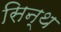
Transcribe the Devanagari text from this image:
सिन्थ